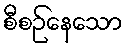
စီစဉ်နေသော